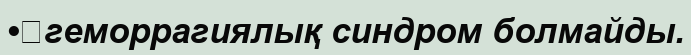
•	геморрагиялық синдром болмайды.